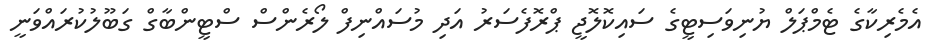
އެމެރިކާގެ ޓެމްޕަލް ޔުނިވަސިޓީގެ ސައިކޮލޮޖީ ޕްރޮފެސަރު އަދި މުސައްނިފް ލޯރެންސް ސްޓީންބާގް ގަބޫލުކުރައްވަނީ